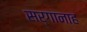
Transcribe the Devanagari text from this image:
सर्गानाह